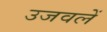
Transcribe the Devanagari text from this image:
उजवलें